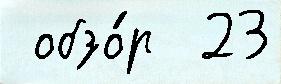
 обзо́р  23